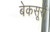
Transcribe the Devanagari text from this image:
बेकसूरों